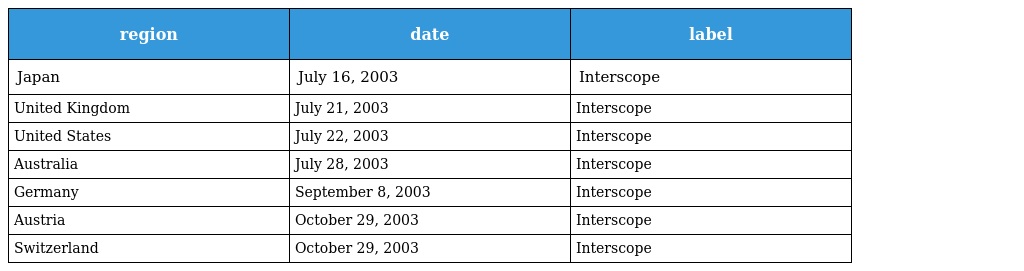
| region | date | label |
 | --- | --- | --- |
 | Japan | July 16, 2003 | Interscope |
 | United Kingdom | July 21, 2003 | Interscope |
 | United States | July 22, 2003 | Interscope |
 | Australia | July 28, 2003 | Interscope |
 | Germany | September 8, 2003 | Interscope |
 | Austria | October 29, 2003 | Interscope |
 | Switzerland | October 29, 2003 | Interscope |